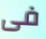
فى